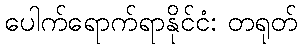
ပေါက်ရောက်ရာနိုင်ငံ: တရုတ်